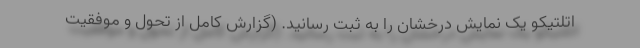
اتلتیکو یک نمایش درخشان را به ثبت رسانید. (گزارش کامل از تحول و موفقیت